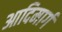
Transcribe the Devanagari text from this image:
आदिमार्ग